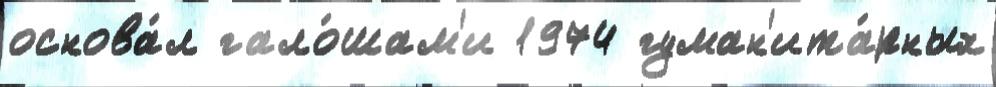
основа́л гало́шам'и 1974 гуман'ита́рных